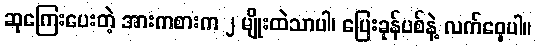
ဆုကြေးပေးတဲ့ အားကစားက ၂ မျိုးထဲသာပါ၊ ပြေးခုန်ပစ်နဲ့ လက်ဝှေ့ပါ။